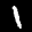
Label: 1